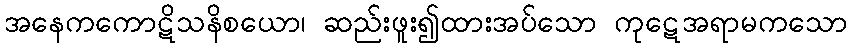
အနေကကောဋိသနိစယော၊ ဆည်းဖူး၍ထားအပ်သော ကုဋေအရာမကသော